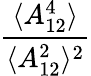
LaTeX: \frac{\langle A_{12}^{4}\rangle}{\langle A_{12}^{2}\rangle^{2}}